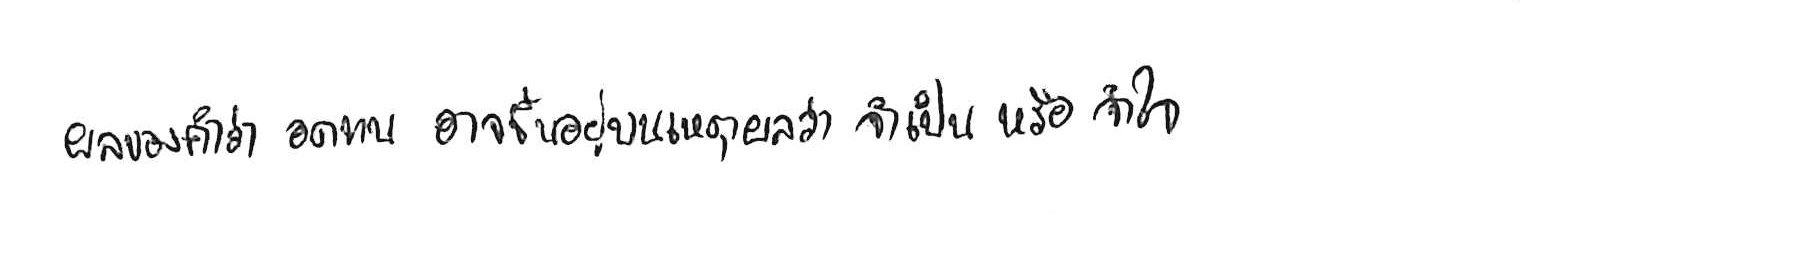
ผลของคำว่า อดทน อาจขึ้นอยู่บนเหตุผลว่า จำเป็น หรือ จำใจ